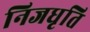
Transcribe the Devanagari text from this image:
निजधृति